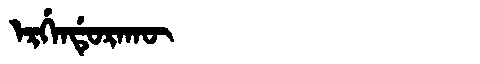
Manchu: ᡝᡵᡤᡝᠨᡩᡠᡵᠠᡴᡡ
Romanization: ERGENDURAKŪ